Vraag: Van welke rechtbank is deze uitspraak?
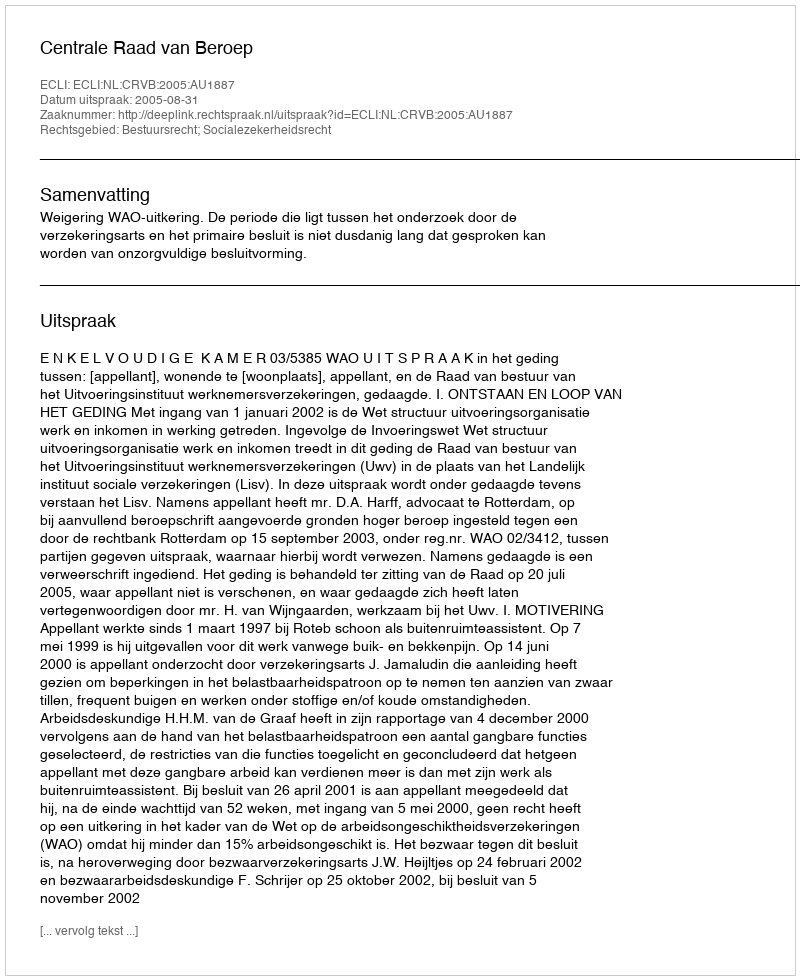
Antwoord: Centrale Raad van Beroep